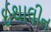
ઈથાલીન